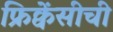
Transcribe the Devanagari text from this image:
फ्रिक्वेंसीची